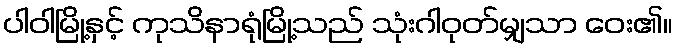
ပါဝါမြို့နှင့် ကုသိနာရုံမြို့သည် သုံးဂါဝုတ်မျှသာ ဝေး၏။